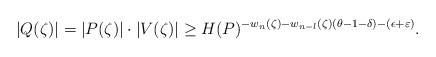
LaTeX: \begin{align*}\vert Q(\zeta)\vert = \vert P(\zeta)\vert\cdot \vert V(\zeta)\vert \geq H(P)^{-w_{n}(\zeta)-w_{n-l}(\zeta)(\theta-1-\delta)-(\epsilon+\varepsilon)}.\end{align*}